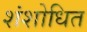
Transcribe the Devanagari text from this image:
शंशोधित